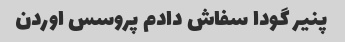
پنیر گودا سفاش دادم پروسس اوردن